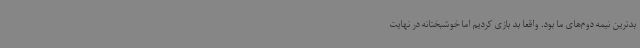
بدترین نیمه دوم‌های ما بود. واقعا بد بازی کردیم اما خوشبختانه در نهایت